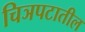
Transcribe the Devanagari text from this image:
चिञपटातील